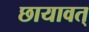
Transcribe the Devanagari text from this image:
छायावत्‌